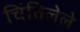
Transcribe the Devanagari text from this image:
चिंतिलेले